Vaccination in Bombay 1924-1928 - 1924-1928
Year: 1924
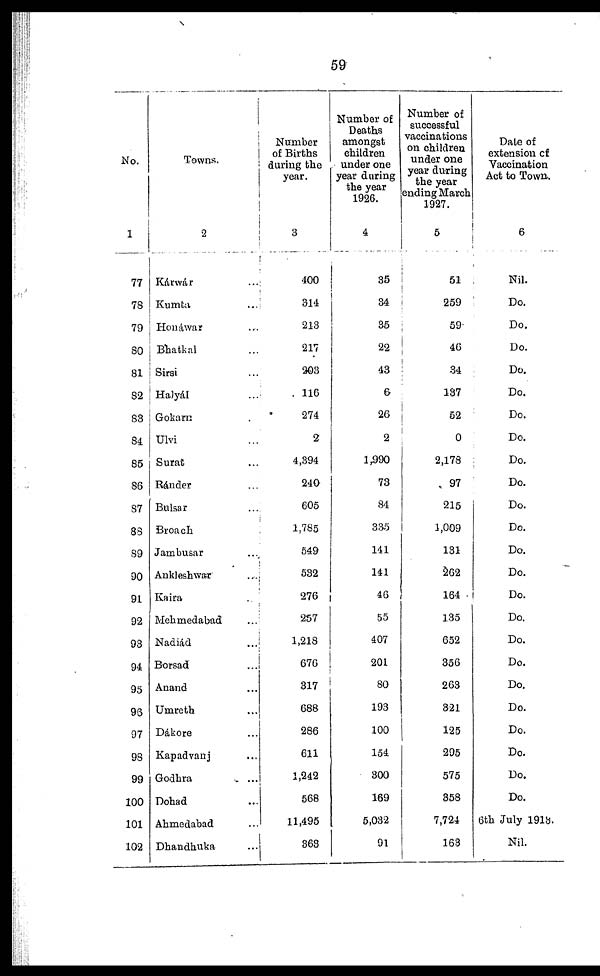
59
No.
1
77
78
79
80
81
82
83
84
85
86
87
88
89
90
91
92
93
94
95
96
97
98
99
100
101
102
Towns.
2
Kárwár ...
Kumta ...
Honáwar ...
Bhatkal ...
Sirsi ...
Halyál ...
Gokam ...
Ulvi ...
Surat ...
Ránder ...
Bulsar ...
Broach ...
Jambusar ...
Ankleshwar ...
Kaira ...
Mehmedabad ...
Nadiád ...
Borsad ...
Anand ...
Umreth ...
Dákore ...
Kapadvanj ...
Godhra ...
Dohad ...
Ahmedabad ...
Dhandhuka ...
Number
of Births
during the
year.
3
400
314
213
217
203
116
274
2
4,394
240
605
1,785
549
532
276
257
1,218
676
317
688
286
611
1,242
568
11,495
368
Number of
Deaths
amongst
children
under one
year daring
the year
1926.
4
35
34
35
22
43
6
26
2
1,990
73
84
335
141
141
46
55
407
201
80
193
100
154
300
169
5,032
91
Number of
successful
vaccinations
on children
under one
year during
the year
ending March
1927.
5
51
259
59
46
34
137
52
0
2,178
97
215
1,009
131
262
164
135
652
356
263
321
125
295
575
358
7,724
163
Date of
extension of
Vaccination
Act to Town.
6
Nil.
Do.
Do.
Do.
Do.
Do.
Do.
Do.
Do.
Do.
Do.
Do.
Do.
Do.
Do.
Do.
Do.
Do.
Do.
Do.
Do.
Do.
Do.
Do.
6th July 1913.
Nil.